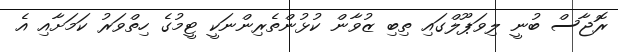
ރޮޖާސް ބުނީ ލިވަޕޫލްގައި ތިބި ޒުވާން ކުޅުންތެރިންނަކީ ޓީމުގެ ހިތްވަރު ކަމަށާއި އެ